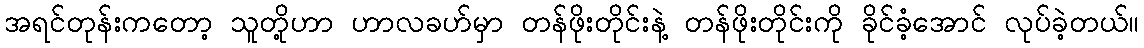
အရင်တုန်းကတော့ သူတို့ဟာ ဟာလခဟ်မှာ တန်ဖိုးတိုင်းနဲ့ တန်ဖိုးတိုင်းကို ခိုင်ခံ့အောင် လုပ်ခဲ့တယ်။